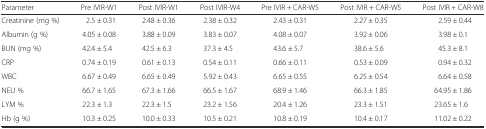
| Parameter | Pre IVIR-W1 | Post IVIR-W1 | Post IVIR-W4 | Pre IVIR + CAR-W5 | Post IVIR + CAR-W5 | Post IVIR + CAR-W8 |
 | --- | --- | --- | --- | --- | --- | --- |
 | Creatinine (mg %) | 2.5 ± 0.31 | 2.48 ± 0.36 | 2.38 ± 0.32 | 2.43 ± 0.31 | 2.27 ± 0.35 | 2.59 ± 0.44 |
 | Albumin (g %) | 4.05 ± 0.08 | 3.88 ± 0.09 | 3.83 ± 0.07 | 4.08 ± 0.07 | 3.92 ± 0.06 | 3.98 ± 0.1 |
 | BUN (mg %) | 42.4 ± 5.4 | 42.5 ± 6.3 | 37.3 ± 4.5 | 43.6 ± 5.7 | 38.6 ± 5.6 | 45.3 ± 8.1 |
 | CRP | 0.74 ± 0.19 | 0.61 ± 0.13 | 0.54 ± 0.11 | 0.66 ± 0.11 | 0.53 ± 0.09 | 0.94 ± 0.32 |
 | WBC | 6.67 ± 0.49 | 6.65 ± 0.49 | 5.92 ± 0.43 | 6.65 ± 0.55 | 6.25 ± 0.54 | 6.64 ± 0.58 |
 | NEU % | 66.7 ± 1.65 | 67.3 ± 1.66 | 66.5 ± 1.67 | 68.9 ± 1.46 | 66.3 ± 1.85 | 64.95 ± 1.86 |
 | LYM % | 22.3 ± 1.3 | 22.3 ± 1.5 | 23.2 ± 1.56 | 20.4 ± 1.26 | 23.3 ± 1.51 | 23.65 ± 1.6 |
 | Hb (g %) | 10.3 ± 0.25 | 10.0 ± 0.33 | 10.5 ± 0.21 | 10.8 ± 0.19 | 10.4 ± 0.17 | 11.02 ± 0.22 |